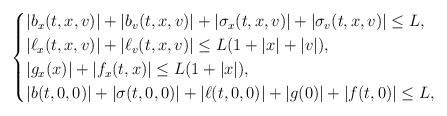
LaTeX: \begin{align*}\begin{cases}|b_{x}(t,x,v)|+|b_{v}(t,x,v)|+|\sigma_{x}(t,x,v)|+|\sigma_{v}(t,x,v)|\leq L,\\|\ell_x(t,x,v)|+|\ell_v(t,x,v)|\leq L(1+|x|+|v|),\\|g_x(x)|+|f_x(t,x)|\leq L (1+|x|),\\|b(t,0,0)|+|\sigma(t,0,0)|+|\ell(t,0,0)|+|g(0)|+|f(t,0)|\leq L,\end{cases}\end{align*}